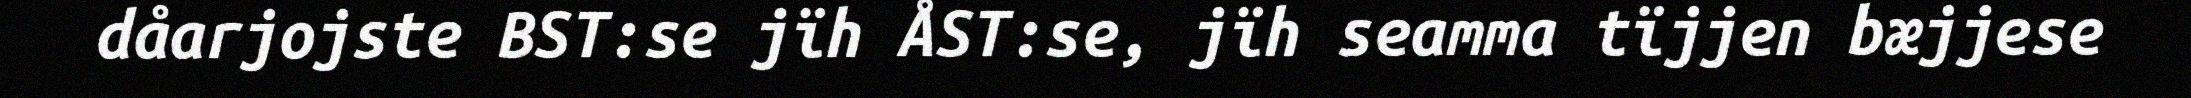
dåarjojste BST:se jïh ÅST:se, jïh seamma tïjjen bæjjese